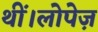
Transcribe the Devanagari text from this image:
थीं।लोपेज़